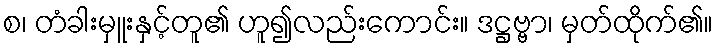
စ၊ တံခါးမှူးနှင့်တူ၏ ဟူ၍လည်းကောင်း။ ဒဋ္ဌဗ္ဗာ၊ မှတ်ထိုက်၏။